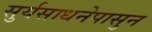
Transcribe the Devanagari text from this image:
सुर्यसाधनेपासुन